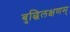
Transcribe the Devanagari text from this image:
बुद्धिलक्षणम्‌